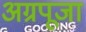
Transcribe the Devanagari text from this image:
अग्रपूजा